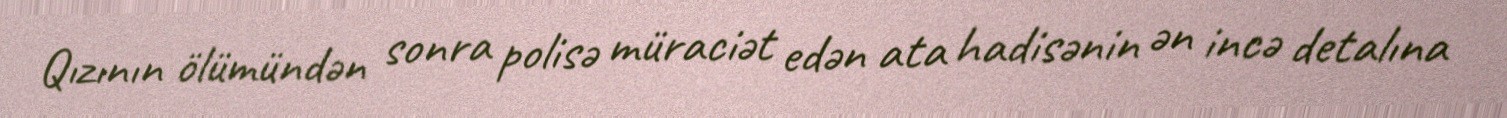
Qızının ölümündən sonra polisə müraciət edən ata hadisənin ən incə detalına